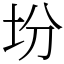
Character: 坋